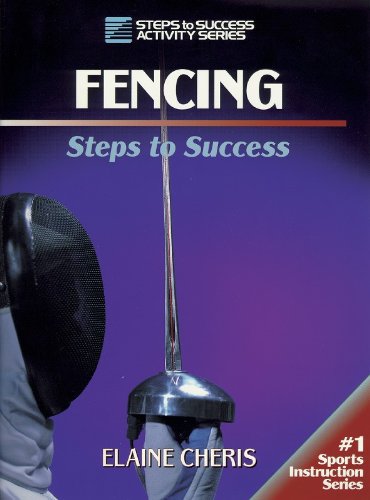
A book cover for Fencing: Steps to Success (Steps to Success Activity); Elaine Cheris; Sports & Outdoors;